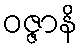
ဝဇ္ဇာနိ